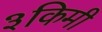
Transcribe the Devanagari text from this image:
३किमी